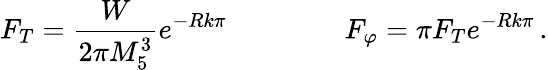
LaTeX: F_{T}=\frac{W}{2\pi M_{5}^{3}}e^{-Rk\pi}\, \qquad\qquad F_{\varphi}=\pi F_{T}e^{-Rk\pi}\, .